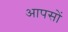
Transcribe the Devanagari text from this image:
आपसों